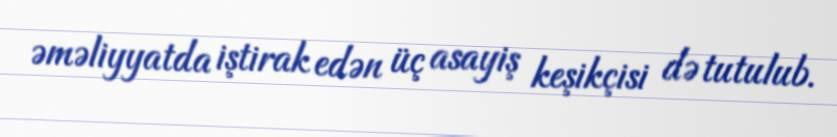
əməliyyatda iştirak edən üç asayiş keşikçisi də tutulub.